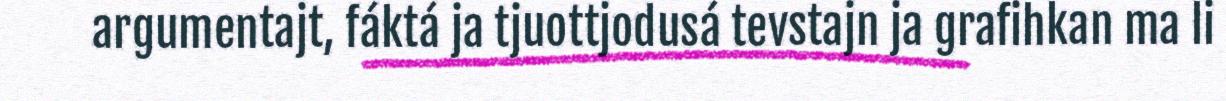
argumentajt, fáktá ja tjuottjodusá tevstajn ja grafihkan ma li